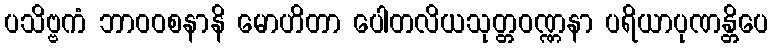
ပသိဗ္ဗကံ ဘာဝဝစနာနိ မောဟိတာ ပေါတလိယသုတ္တဝဏ္ဏနာ ပရိယာပုဏန္တိပေ